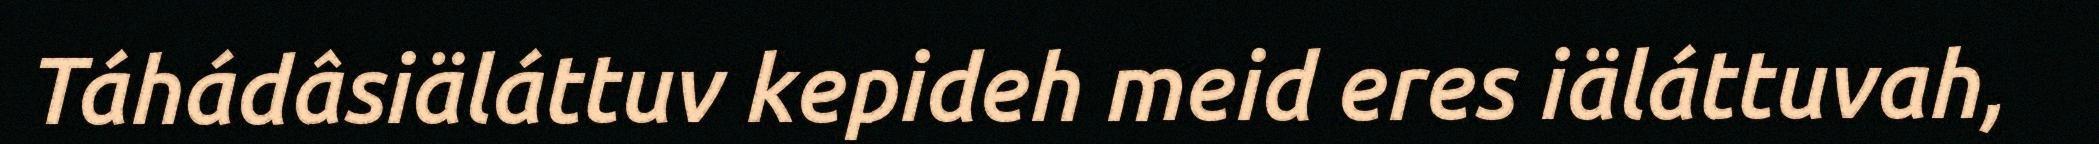
Táhádâsiäláttuv kepideh meid eres iäláttuvah,